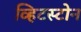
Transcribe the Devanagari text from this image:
व्हिटस्टोन